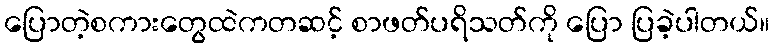
ပြောတဲ့စကားတွေထဲကတဆင့် စာဖတ်ပရိသတ်ကို ပြော ပြခဲ့ပါတယ်။